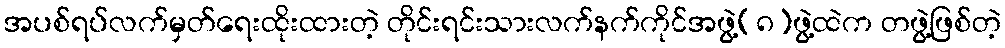
အပစ်ရပ်လက်မှတ်ရေးထိုးထားတဲ့ တိုင်းရင်းသားလက်နက်ကိုင်အဖွဲ့(၈)ဖွဲ့ထဲက တဖွဲ့ဖြစ်တဲ့